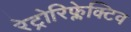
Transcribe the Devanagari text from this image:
रेट्रोरिफ्लेक्टिव